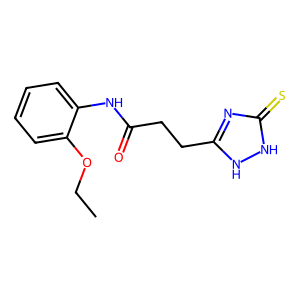
SMILES: CCOc1ccccc1NC(=O)CCc1nc(=S)[nH][nH]1
Inhibits HIV replication: No